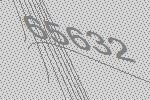
65632